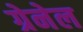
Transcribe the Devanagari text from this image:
ग्रेनेल